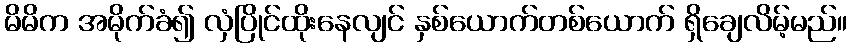
မိမိက အမိုက်ခံ၍ လှံပြိုင်ထိုးနေလျင် နှစ်ယောက်တစ်ယောက် ရှိချေလိမ့်မည်။